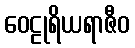
ဝေဠုရိယရာဇီဝ